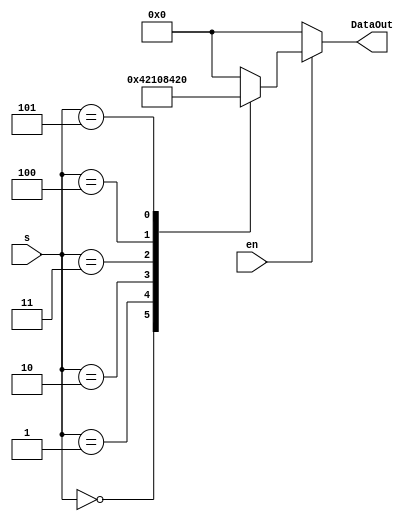
//################################
// Decoder for Digital Selector
// 6-inputs element
// Version 1.5                  
//################################

module decode3_6_Norm(s,en,DataOut);

//---------------------------
// s: Input deecimal adress;
// en: Input enable;
// DataOut: Output data;
//---------------------------

input en;
input  [2:0] s;
output reg [5:0] DataOut;

always@(en or s)begin
	if(en==0)
		DataOut=6'b000000;
	else
		case(s)
			3'b000: DataOut=6'b000001;
			3'b001: DataOut=6'b000010;
			3'b010: DataOut=6'b000100;
			3'b011: DataOut=6'b001000;
			3'b100: DataOut=6'b010000;
			3'b101: DataOut=6'b100000;
			default: DataOut=6'b000000;
		endcase
end
endmodule